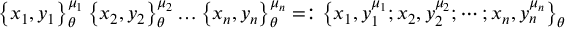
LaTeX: \left\{ x _ { 1 } , y _ { 1 } \right\} _ { \theta } ^ { \mu _ { 1 } } \left\{ x _ { 2 } , y _ { 2 } \right\} _ { \theta } ^ { \mu _ { 2 } } \ldots \left\{ x _ { n } , y _ { n } \right\} _ { \theta } ^ { \mu _ { n } } = : \left\{ x _ { 1 } , y _ { 1 } ^ { \mu _ { 1 } } ; x _ { 2 } , y _ { 2 } ^ { \mu _ { 2 } } ; \cdots ; x _ { n } , y _ { n } ^ { \mu _ { n } } \right\} _ { \theta }